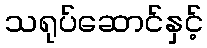
သရုပ်ဆောင်နှင့်